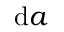
{ \mathrm { d } } a